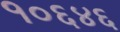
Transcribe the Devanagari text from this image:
१०६४६